Annual report on the mental hospital in the Central Provinces and Berar (Nagpur) - 1927-1951
Year: 1927
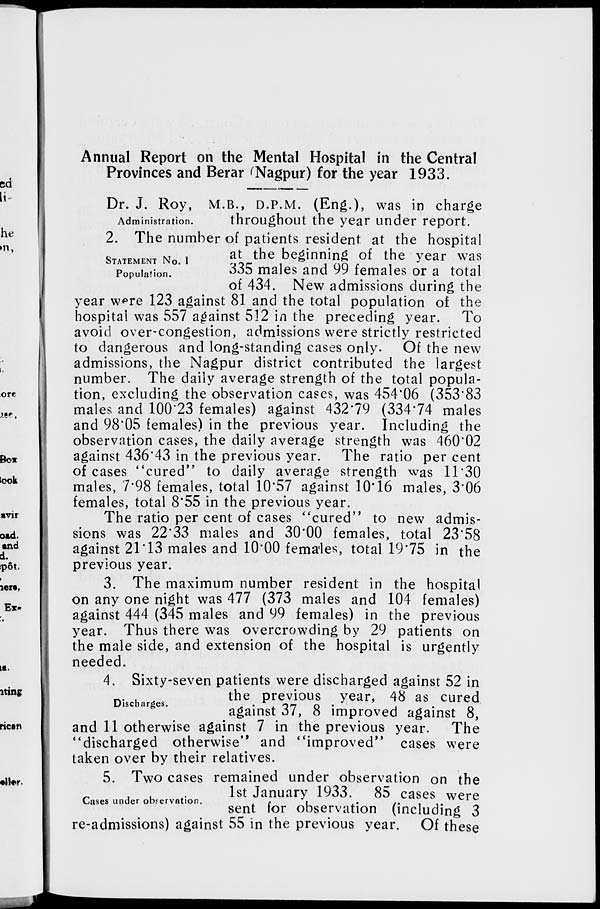
Annual Report on the Mental Hospital in the Central
Provinces and Berar (Nagpur) for the year 1933.
Administration.
Dr. J. Roy, M.B., D.P.M. (Eng.), was in charge
throughout the year under report.
STSTEMENT NO. I
Population.
2. The number of patients resident at the hospital
at the beginning of the year was
335 males and 99 females or a total
of 434. New admissions during the
year were 123 against 81 and the total population of the
hospital was 557 against 512 in the preceding year.
To
avoid over-congestion, admissions were strictly restricted
to dangerous and long-standing cases only. Of the new
admissions, the Nagpur district contributed the largest
number. The daily average strength of the total popula-
tion, excluding the observation cases, was 454.06 (353.83
males and 100.23 females) against 432.79 (334.74 males
and 98.05 females) in the previous year. Including the
observation cases, the daily average strength was 460.02
against 436.43 in the previous year. The ratio per cent
of cases "cured" to daily average strength was 11.30
males, 7.98 females, total 10.57 against 10.16 males, 3.06
females, total 8.55 in the previous year.
The ratio per cent of cases "cured" to new admis-
sions was 22.33 males and 30.00 females, total 23.58
against 21.13 males and 10.00 females, total 19.75 in the
previous year.
3. The maximum number resident in the hospital
on any one night was 477 (373 males and 104 females)
against 444 (345 males and 99 females) in the previous
year. Thus there was overcrowding by 29 patients on
the male side, and extension of the hospital is urgently
needed.
Discharges.
4. Sixty-seven patients were discharged against 52 in
the previous year, 48 as cured
against 37, 8 improved against 8,
and 11 otherwise against 7 in the previous year.
The
"discharged otherwise" and "improved" cases were
taken over by their relatives.
Cases under observation.
5. Two cases remained under observation on the
1st January 1933. 85 cases were
sent for observation (including 3
re-admissions) against 55 in the previous year. Of these